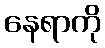
နေရာကို